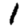
Digit: 1